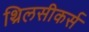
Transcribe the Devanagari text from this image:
थ्रिलसीकर्स